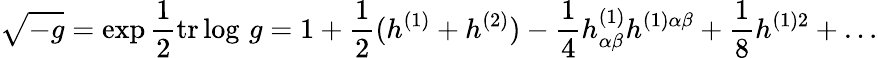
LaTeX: \sqrt{-g}=\exp{\frac{1}{2}}\mathrm{tr}\log\, g=1+{\frac{1}{2}}(h^{(1)}+h^{(2)})-{\frac{1}{4}}h_{\alpha\beta}^{(1)}h^{(1)\alpha\beta}+{\frac{1}{8}}h^{(1)2}+\ldots